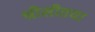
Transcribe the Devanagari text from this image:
श्रीसीतया